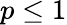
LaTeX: p\leq 1